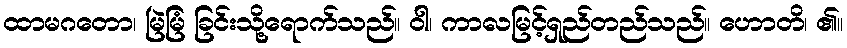
ထာမဂတော၊ မြဲမြံ ခြင်းသို့ရောက်သည်။ ဝါ၊ ကာလမြင့်ရှည်တည်သည်။ ဟောတိ၊ ၏။